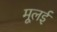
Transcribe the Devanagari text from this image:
मूलई